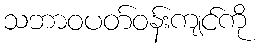
သဘာဝပတ်ဝန်းကျင်ကို